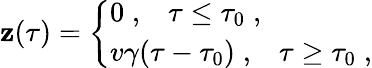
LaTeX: \mathbf{z}(\tau)=\left\{ \begin{array}{l}{{0\; ,\; \; \; \tau\leq\tau_{0}\; ,}}\\ {{v\gamma(\tau-\tau_{0})\; ,\; \; \; \tau\geq\tau_{0}\; ,}}\end{array}\right.